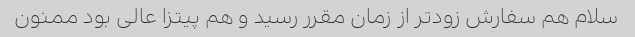
سلام هم سفارش زودتر از زمان مقرر رسید و هم پیتزا عالی بود ممنون